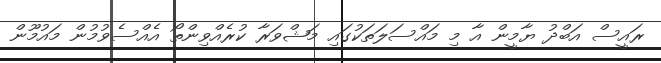
ރައީސް އަބްދު ޔާމީން އާ މި މައްސަލަތަކުގައި މަޝްވަރާ ކުރެއްވިންތޯ އެއްސެވުމުން މައުމޫން